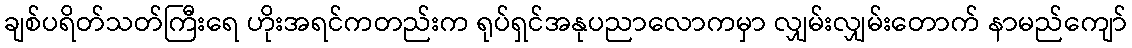
ချစ်ပရိတ်သတ်ကြီးရေ ဟိုးအရင်ကတည်းက ရုပ်ရှင်အနုပညာလောကမှာ လျှမ်းလျှမ်းတောက် နာမည်ကျော်